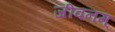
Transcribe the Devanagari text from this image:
जीवनम्